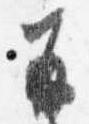
并